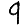
Digit: 9